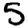
Digit: 5